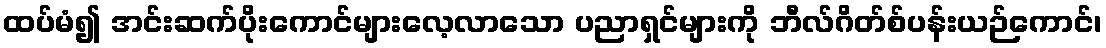
ထပ်မံ၍ အင်းဆက်ပိုးကောင်များလေ့လာသော ပညာရှင်များကို ဘီလ်ဂိတ်စ်ပန်းယဉ်ကောင်၊